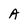
Character: A